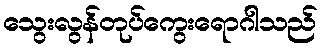
သွေးလွန်တုပ်ကွေးရောဂါသည်